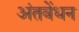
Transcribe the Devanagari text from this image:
अंतवेंधन